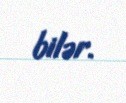
bilər.